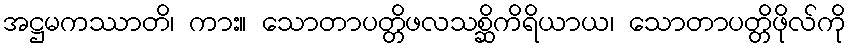
အဋ္ဌမကဿာတိ၊ ကား။ သောတာပတ္တိဖလသစ္ဆိကိရိယာယ၊ သောတာပတ္တိဖိုလ်ကို